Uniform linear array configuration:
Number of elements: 16
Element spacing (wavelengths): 0.25
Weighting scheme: uniform
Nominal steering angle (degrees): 45
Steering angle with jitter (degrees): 45.67
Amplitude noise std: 0.05
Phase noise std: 0.05

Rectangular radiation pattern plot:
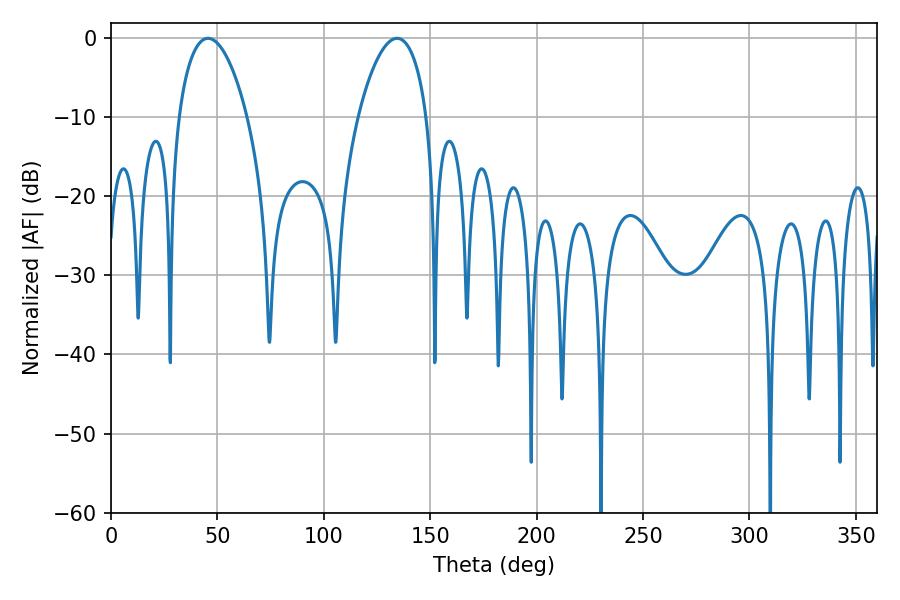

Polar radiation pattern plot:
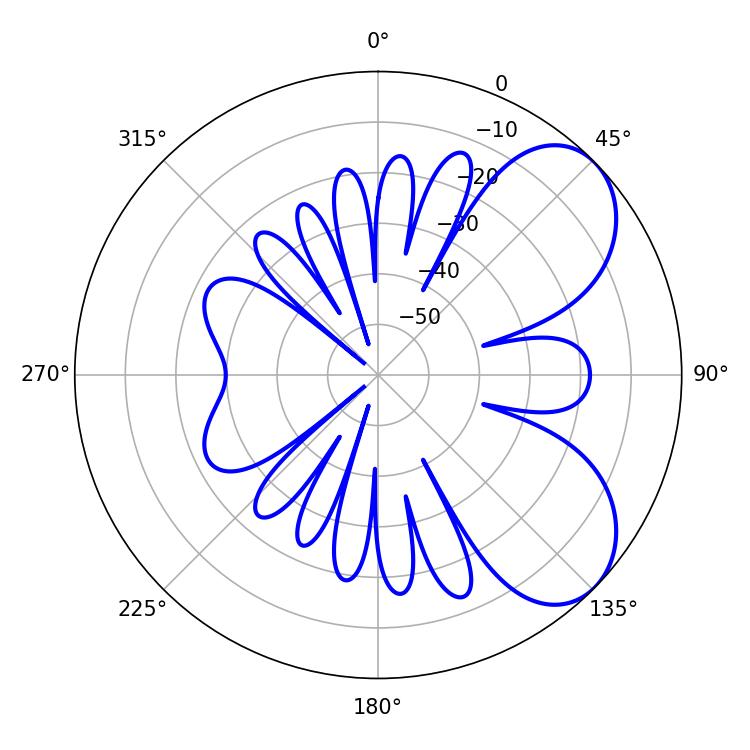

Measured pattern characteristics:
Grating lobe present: FALSE
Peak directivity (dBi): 6.134
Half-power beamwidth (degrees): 18.18
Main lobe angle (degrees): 45.54